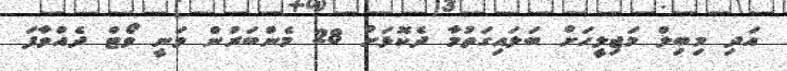
އަދި މިބިލް މަޖިލީހަށް ބަލައިގަތުމާ ދެކޮޅަށް 28 މެންބަރުން ވަނީ ވޯޓް ދެއްވާފަ